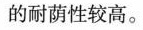
的耐荫性较高。